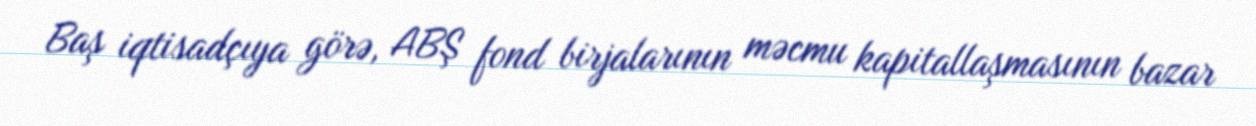
Baş iqtisadçıya görə, ABŞ fond birjalarının məcmu kapitallaşmasının bazar